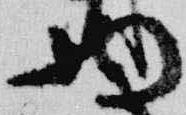
将